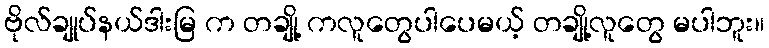
ဗိုလ်ချုပ်နယ်ဒါးမြ က တချို့ ကလူတွေပါပေမယ့် တချို့လူတွေ မပါဘူး။